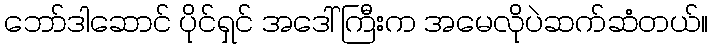
ဘော်ဒါဆောင် ပိုင်ရှင် အဒေါ်ကြီးက အမေလိုပဲဆက်ဆံတယ်။